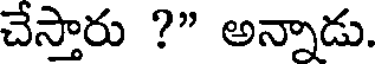
చేస్తారు ?" అన్నాడు.